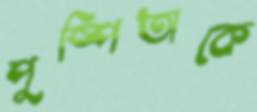
পুষ্পিতাকে